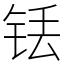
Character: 铥